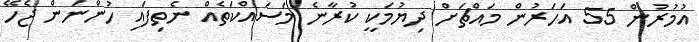
އުމުރުން 55 އަހަރުން މައްޗަށް ދިޔުމަކީ ކުރާނެ މަސައްކަތެއް ނެތިފައި ހުންނަން ޖެހޭ